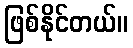
ဖြစ်နိုင်တယ်။